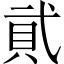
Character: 貮